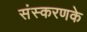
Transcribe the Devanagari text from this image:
संस्‍करणके